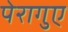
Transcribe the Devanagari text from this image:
पेरागुए